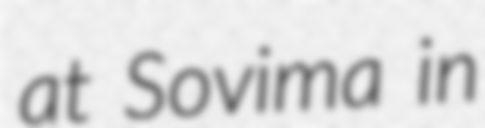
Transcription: at Sovima in